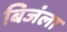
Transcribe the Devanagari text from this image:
बिजंला